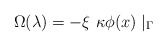
\begin{align*}\Omega(\lambda) = - \xi~\kappa \phi(x) \mid_{\Gamma}\end{align*}